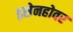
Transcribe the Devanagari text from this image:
इसेनहोवर